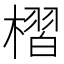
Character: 槢